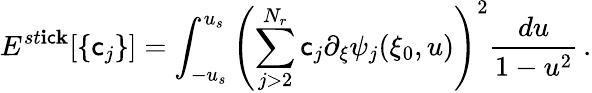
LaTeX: E^{st\mathbf{i}\mathsf{c}\mathbf{k}}[\{ \mathsf{c}_{j}\} ]=\int_{-u_{s}}^{u_{s}}\left(\sum_{j>2}^{N_{r}}\mathsf{c}_{j}\partial_{\xi}\psi_{j}(\xi_{0},u)\right)^{2}\frac{{d{u}}}{{1-u^{2}}}\, .